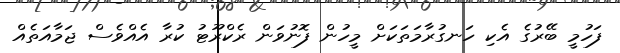
ފަހުމީ ބޭރުގެ އެކި ހަނގުރާމަތަކަށް މީހުން ފޮނުވަން ރެކްރޫޓު ކުރާ އެއްވެސް ޖަމާއަތެއް